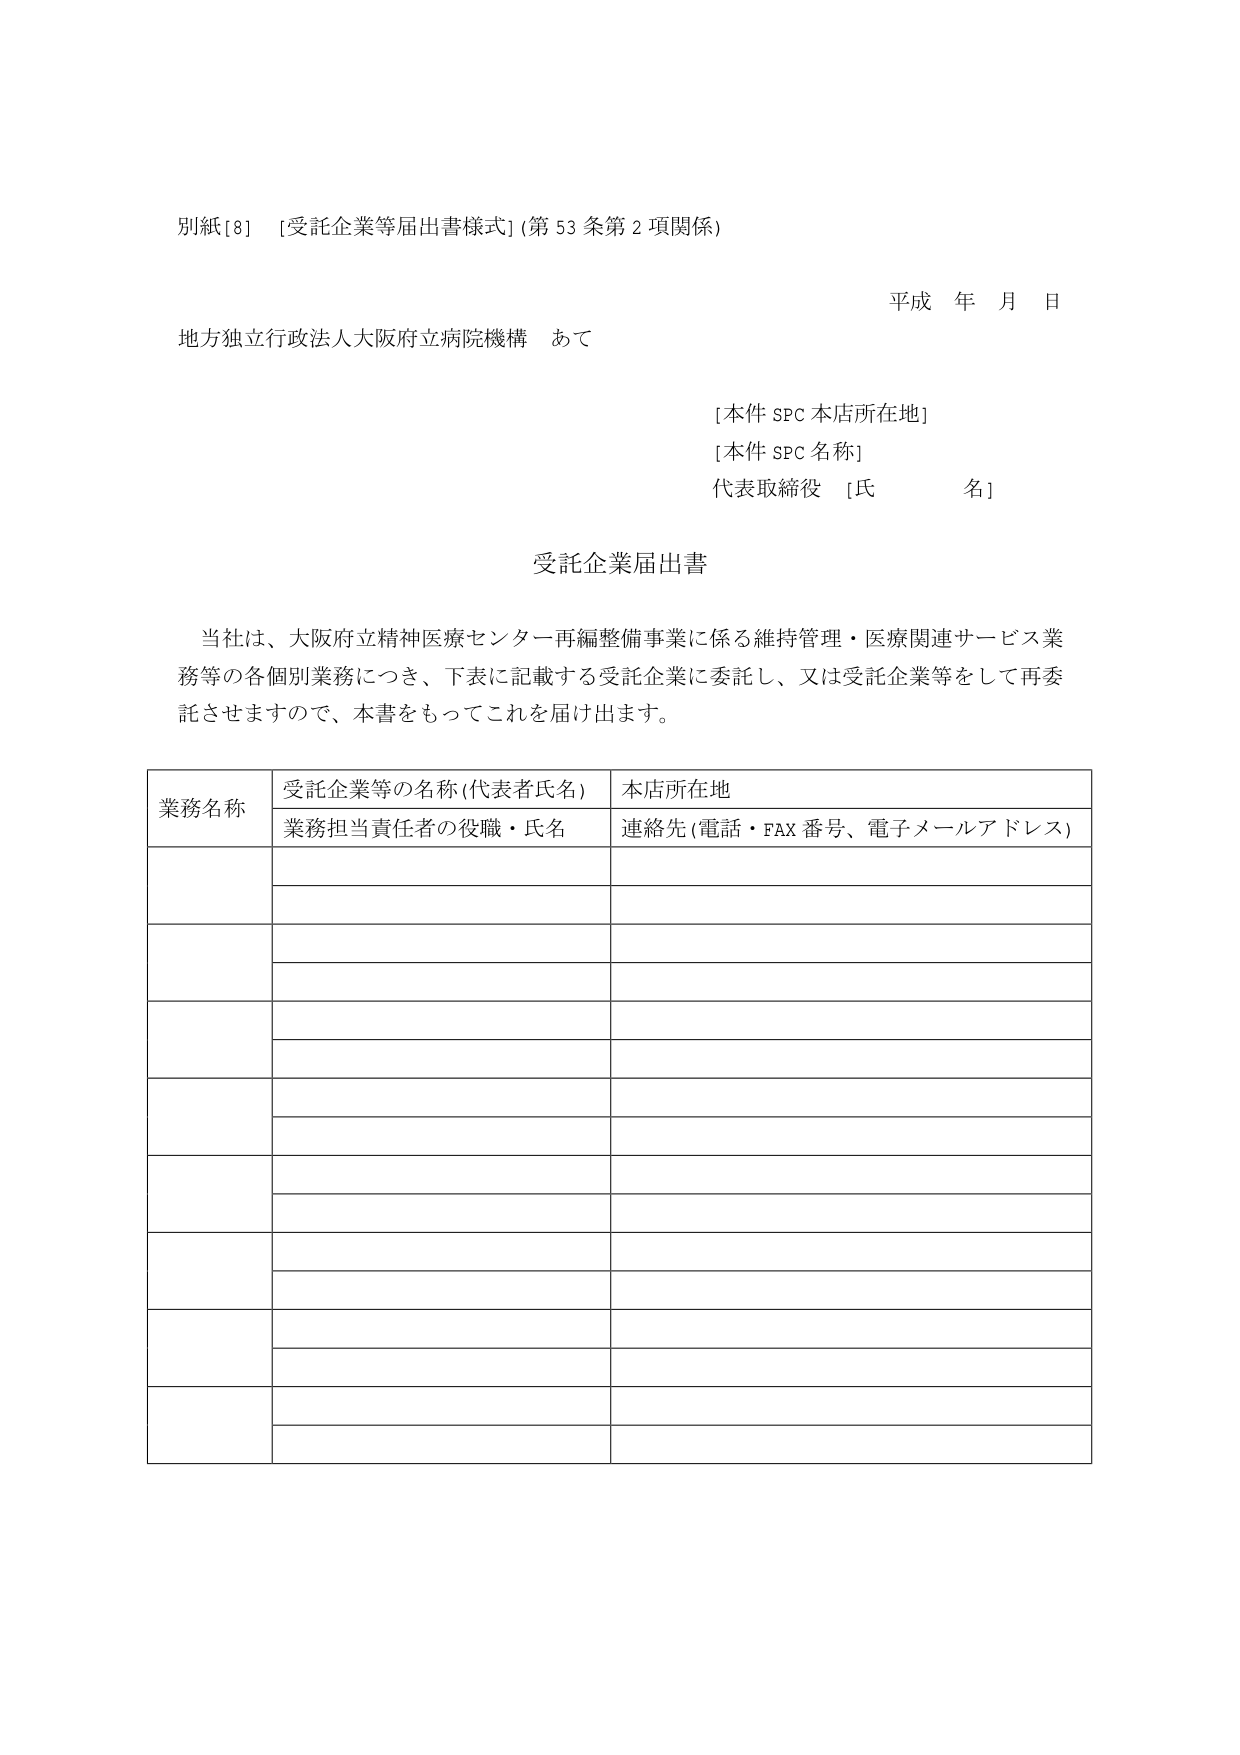
別紙[8] [受託企業等届出書様式] (第53条第2項関係)

平成 年 月 日

地方独立行政法人大阪府立病院機構 あて

[本件SPC本店所在地]
[本件SPC名称]
代表取締役 [氏 名]

受託企業届出書

当社は、大阪府立精神医療センター再編整備事業に係る維持管理・医療関連サービス業務等の各個別業務につき、下表に記載する受託企業に委託し、又は受託企業等をして再委託させますので、本書をもってこれを届け出ます。

業務名称 受託企業等の名称(代表者氏名) 本店所在地
業務担当責任者の役職・氏名 連絡先(電話・FAX番号、電子メールアドレス)